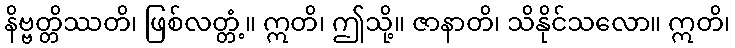
နိဗ္ဗတ္တိဿတိ၊ ဖြစ်လတ္တံ့။ ဣတိ၊ ဤသို့။ ဇာနာတိ၊ သိနိုင်သလော။ ဣတိ၊